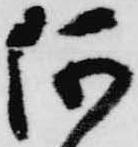
何